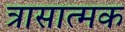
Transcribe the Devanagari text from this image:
त्रासात्मक